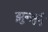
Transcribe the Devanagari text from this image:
झुन्झुनुँ